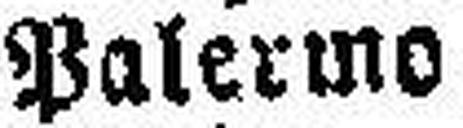
Palermo